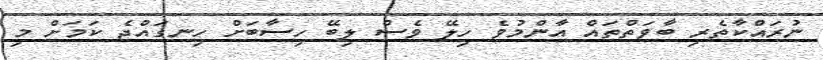
ނުރައްކާތެރި ބާވަތްތައް އާންމުވެ ހިލޭ ވެސް ލިބޭ ހިސާބަށް ހިނގައްޖެ ކަމަށް މި